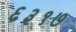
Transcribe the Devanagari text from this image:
६३१७